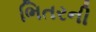
ભિતરની